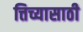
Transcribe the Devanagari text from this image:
त्तिच्यासाठी